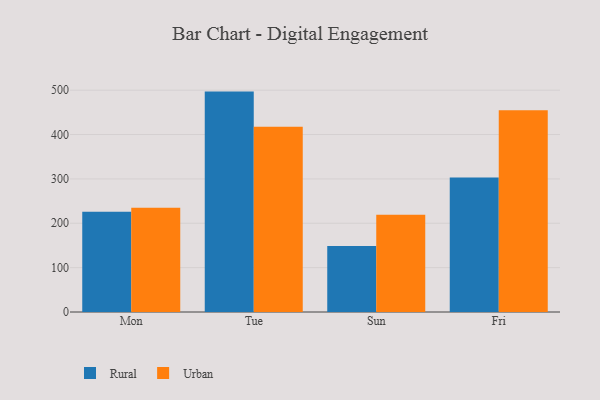
{"axis": {"x": "Day", "y": "LTV (USD)"}, "legend": ["Rural", "Urban"], "data": [{"x": "Mon", "y": 226.1, "type": "Rural"}, {"x": "Mon", "y": 235.1, "type": "Urban"}, {"x": "Tue", "y": 496.8, "type": "Rural"}, {"x": "Tue", "y": 417.6, "type": "Urban"}, {"x": "Sun", "y": 148.9, "type": "Rural"}, {"x": "Sun", "y": 219.3, "type": "Urban"}, {"x": "Fri", "y": 303.0, "type": "Rural"}, {"x": "Fri", "y": 454.8, "type": "Urban"}]}